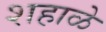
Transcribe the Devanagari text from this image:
शहाळे